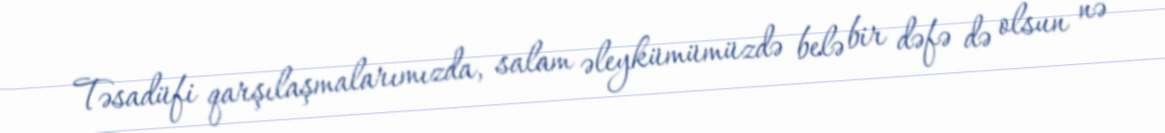
Təsadüfi qarşılaşmalarımızda, salam əleykümümüzdə belə bir dəfə də olsun nə